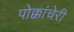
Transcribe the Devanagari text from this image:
पोक्कांचेरी